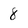
Character: 8